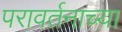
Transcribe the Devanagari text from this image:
परावर्तनाच्या